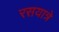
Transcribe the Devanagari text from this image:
रसयात्रे